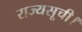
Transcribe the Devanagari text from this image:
राज्यसूची।